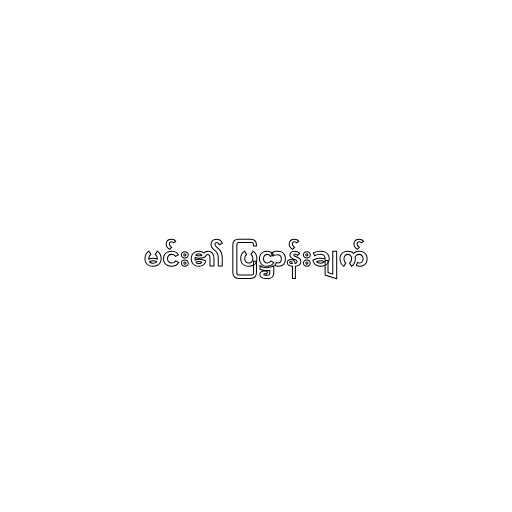
မင်း၏ ပြဋ္ဌာန်းချက်